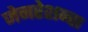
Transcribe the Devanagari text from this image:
जेनरेशन्स